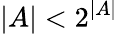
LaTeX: |A|<2^{|A|}